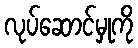
လုပ်ဆောင်မှုကို